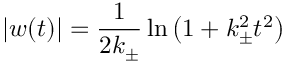
| w ( t ) | = \frac { 1 } { 2 k _ { \pm } } \ln \left( 1 + k _ { \pm } ^ { 2 } t ^ { 2 } \right)